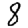
Digit: 8